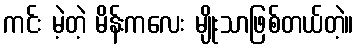
ကင်း မဲ့တဲ့ မိန်းကလေး မျိုးသာဖြစ်တယ်တဲ့။